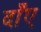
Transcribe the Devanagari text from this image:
दाँए